Sanitation, dispensaries and jails vaccination Rajputana 1922-1927 - 1922-1927
Year: 1922
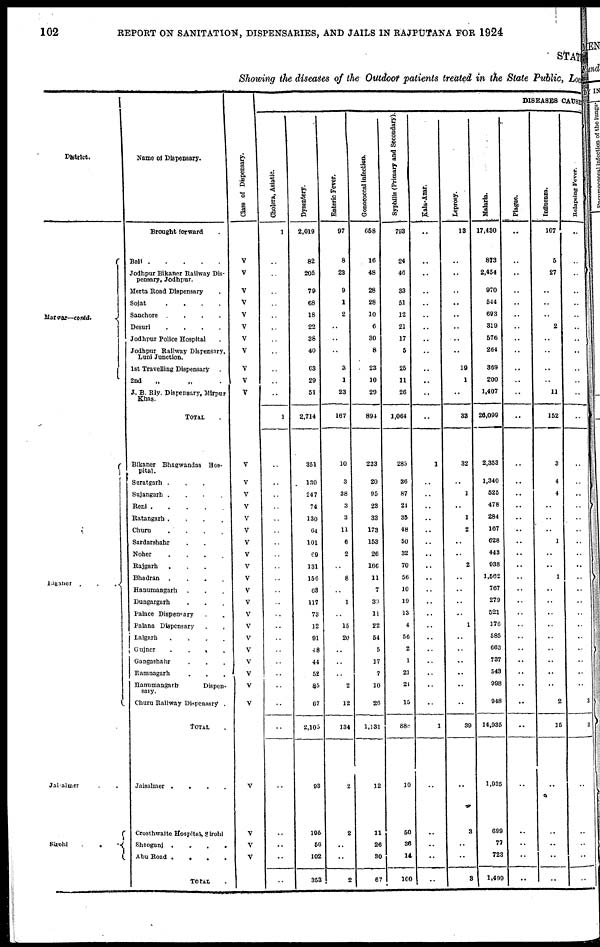
102
REPORT ON SANITATION, DISPENSARIES, AND JAILS IN RAJPUTANA FOR 1924
STAT
Showing the diseases of the Outdoor patients treated in the State Public, Local
District.
Marwar—contd.
Bikaner ...
Jaisalmer ..
Sirohi
...
Name of Dispensary.
Brought forward .
Baji
Jodhpur Bikaner Railway Dis-
pensary, Jodhpur.
Merta Road Dispensary .
Sojat
.
.
.
.
Sanchore
.
.
.
.
Desuri
.
.
.
.
Jodhpur Police Hospital .
Jodhpur Railway Dispensary,
Luni Junction.
1st Travelling Dispensary .
2nd „ „ .
J. B. Rly. Dispensary, Mirpur
Khas.
TOTAL .
Bikaner Bhagwandas Hos-
pital .
Suratgarh
...
Sujangarh
.
.
.
.
Reni
.
.
.
.
.
Ratangarh ....
Churu
....
Sardarshahr ..
Noher
.
.
.
.
Rajgarh ...
Bhadran
.
.
.
.
Hanumangarh ...
Dungargarh ...
Palace Dispensary ..
Palana Dispensary
..
Lalgarh
.
.
.
.
Gujner
....
Gangashahr ...
Ramnagarh ...
Hanumangarh
Dispen-
sary.
Churu Railway Dispensary .
TOTAL .
Jaisalmer
.
.
.
.
Crosthwaite Hospital, Sirohi
Sheogunj
.
.
.
.
Abu Road
.
.
.
.
TOTAL .
Class of Dispensary.
V
V
V
V
V
V
V
V
V
V
V
V
V
V
V
V
V
V
V
V
V
V
V
V
V
V
V
V
V
V
V
V
V
V
V
DISEASES CAUSE
Cholera, Asiatic.
1
..
..
..
..
..
..
..
..
..
..
..
1
..
..
..
..
..
..
..
..
..
..
..
..
..
..
..
..
..
..
..
..
..
..
..
..
..
..
Dysentery.
2,019
82
205
79
68
18
22
36
40
63
29
51
2,714
351
130
247
74
130
64
101
69
131
156
63
117
73
12
91
48
44
52
85
67
2,105
93
195
56
102
353
Enteric Fever.
97
8
23
9
1
2
..
..
..
3
1
23
167
10
3
38
3
3
11
6
2
..
8
..
1
..
15
20
..
..
..
2
12
134
2
2
..
..
2
Gonococcal infection.
658
16
48
28
28
10
6
30
8
23
10
29
894
233
20
95
23
33
173
153
26
166
11
7
39
11
22
54
5
17
7
10
26
1,131
12
11
26
30
67
Syphilis (Primary and Secondary).
793
24
46
33
51
12
21
17
5
25
11
26
1,064
285
36
87
21
35
48
50
32
70
56
10
19
13
4
56
2
1
21
21
15
888
10
50
36
14
100
Kala-Azar.
..
..
..
..
..
..
..
..
..
..
..
..
..
1
..
..
..
..
..
..
..
..
..
..
..
..
..
..
..
..
..
..
..
1
..
..
..
..
..
Leprosy.
13
..
..
..
..
..
..
..
..
19
1
..
33
32
..
1
..
1
2
..
..
2
..
..
..
..
1
..
..
..
..
..
..
39
..
3
..
..
8
Malaria.
17,430
873
2,454
970
544
693
319
576
264
369
200
1,407
26,099
2,353
1,340
525
478
284
167
628
443
938
1,562
767
279
521
176
585
663
737
543
998
948
14,935
1,935
699
77
723
1,499
Plague.
..
..
..
..
..
..
..
..
..
..
..
..
..
..
..
..
..
..
..
..
..
..
..
..
..
..
..
..
..
..
..
..
..
..
..
..
..
..
..
Influenza.
107
5
27
..
..
..
2
..
..
..
..
11
152
3
4
4
..
..
..
1
..
..
1
..
..
..
..
..
..
..
..
..
2
15
..
..
..
..
..
Relapsing Fever.
..
..
..
..
..
..
..
..
..
..
..
..
..
..
..
..
..
..
..
..
..
..
..
..
..
..
..
..
..
..
..
..
3
3
..
..
..
..
..